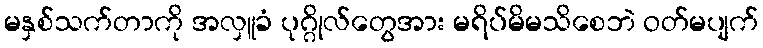
မနှစ်သက်တာကို အလှူခံ ပုဂ္ဂိုလ်တွေအား မရိပ်မိမသိစေဘဲ ဝတ်မပျက်